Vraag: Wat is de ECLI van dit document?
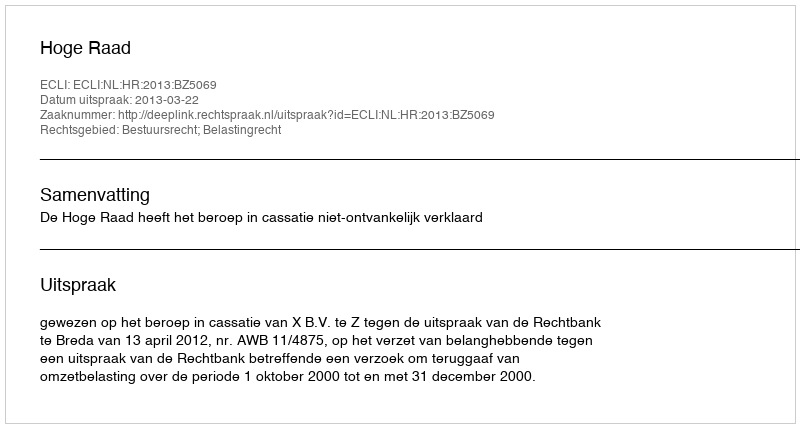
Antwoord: ECLI:NL:HR:2013:BZ5069